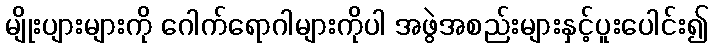
မျိုးပျားများကို ဂေါက်ရောဂါများကိုပါ အဖွဲအစည်းများနှင့်ပူးပေါင်း၍